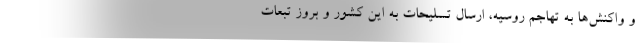
و واکنش‌ها به تهاجم روسیه، ارسال تسلیحات به این کشور و بروز تبعات